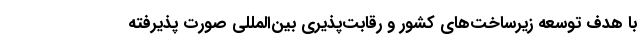
با هدف توسعه زيرساخت‌های كشور و رقابت‌پذيری بين‌المللي صورت پذيرفته